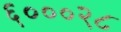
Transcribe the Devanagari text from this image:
६०००२८